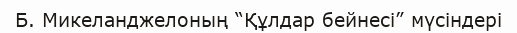
Б. Микеланджелоның “Құлдар бейнесі” мүсіндері